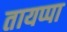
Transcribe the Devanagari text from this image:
तायप्पा